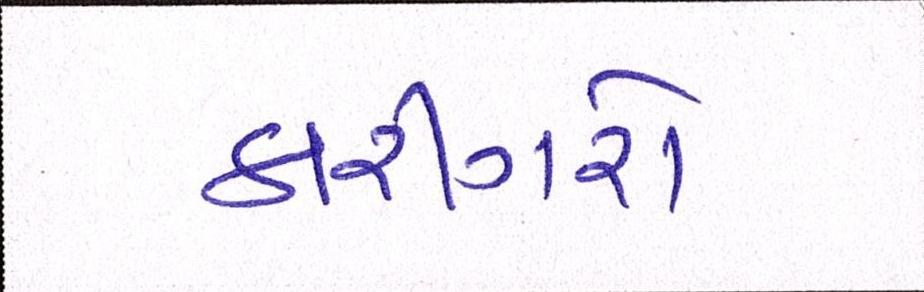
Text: કારીગરો